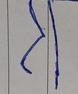
Signature authenticity: forged